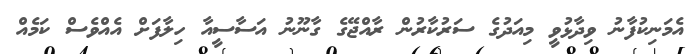
އެމަނިކުފާނު ވިދާޅުވީ މިއަދުގެ ސަރުކާރުން ރާއްޖޭގެ ގާނޫނު އަސާސީއާ ހިލާފަށް އެއްވެސް ކަމެއް